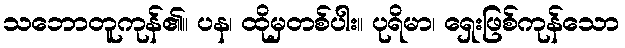
သဘောတူကုန်၏။ ပန၊ ထိုမှတစ်ပါး။ ပုရိမာ၊ ရှေးဖြစ်ကုန်သော